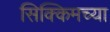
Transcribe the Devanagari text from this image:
सिक्किमच्या